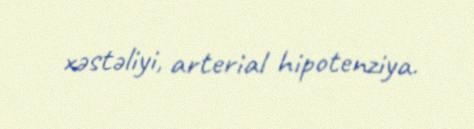
xəstəliyi, arterial hipotenziya.